Source: Handwritten
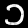
Digit: ၁ (1)